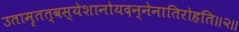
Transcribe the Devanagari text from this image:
उतामृतत्वस्येशानोयदन्नेनातिरोहति॥२॥